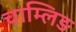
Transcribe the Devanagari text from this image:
चाम्लिङ